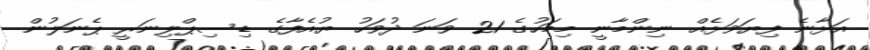
އަޅާނެ ފިޔަވަޅެއް ނިންމާނީ މިމަހުގެ 21 ވަނަ ދުވަހު ޔުއެފާގެ ޑިސިޕްލިނަރީ ޕެނަލުން